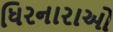
ધિરનારાઓ